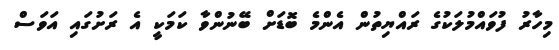
މިހާރު ފުވައްމުލަކުގެ ރައްޔިތުން އެންމެ ބޮޑަށް ބޭނުންވާ ކަމަކީ އެ ރަށުގައި އަވަސް